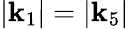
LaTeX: |\mathbf{k}_{1}|=|\mathbf{k}_{5}|